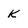
Character: K